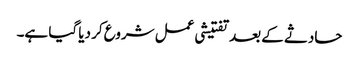
حادثے کے بعد تفتیشی عمل شروع کر دیا گیا ہے۔